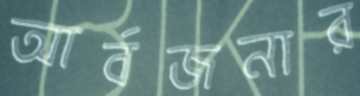
আর্বজনার